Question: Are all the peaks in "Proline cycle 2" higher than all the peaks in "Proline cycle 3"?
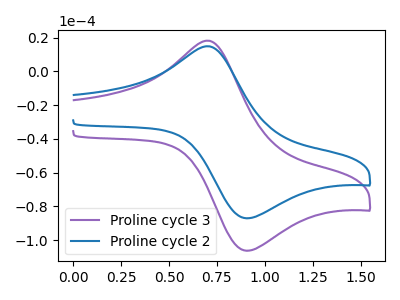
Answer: <think>The purple curve "Proline cycle 3" has an anodic peak at (0.70V, 18.20uA) and a cathodic peak at (0.90V, -106.35uA). The blue curve "Proline cycle 2" has an anodic peak at (0.70V, 14.90uA) and a cathodic peak at (0.90V, -87.10uA).</think>
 <answer>Every peak in "Proline cycle 2" is lower than every peak in "Proline cycle 3".</answer>
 <eval>lower</eval>